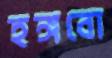
হঙ্গবো